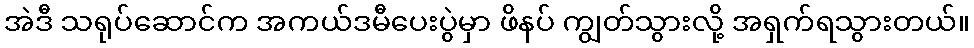
အဲဒီ သရုပ်ဆောင်က အကယ်ဒမီပေးပွဲမှာ ဖိနပ် ကျွတ်သွားလို့ အရှက်ရသွားတယ်။